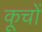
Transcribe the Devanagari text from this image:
कूचों